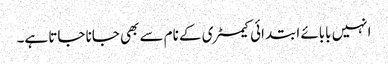
انہیں بابائے ابتدائی کیمسٹری کے نام سے بھی جانا جاتا ہے۔